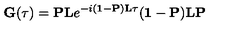
{ \bf G } ( \tau ) = { \bf P L } e ^ { - i ( { \bf 1 } - { \bf P } ) { \bf L } \tau } ( { \bf 1 } - { \bf P } ) { \bf L P }